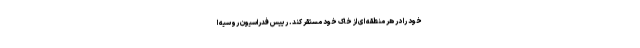
خود را در هر منطقه ای از خاک خود مستقر کند. رییس فدراسیون روسیه ا